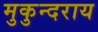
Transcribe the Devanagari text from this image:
मुकुन्दराय